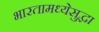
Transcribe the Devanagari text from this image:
भारतामध्येसुद्धा